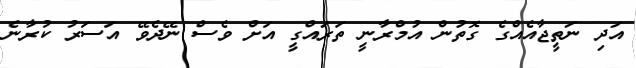
އަދި ނަތީޖާއެއްގެ ގޮތުން އުމްރާނީ ތަރައްގީ އަށް ވެސް ނޭދެވޭ އަސަރު ކުރާނެ